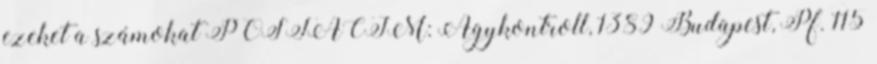
ezeket a számokat POSTACÍM: Agykontroll, 1389 Budapest, Pf. 115